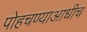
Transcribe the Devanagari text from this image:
पोहचण्याआधीच